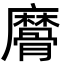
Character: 䯢